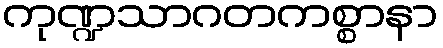
ကုဏ္ဍသာဂတကစ္စာနာ